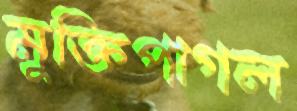
মুক্তিপাগল